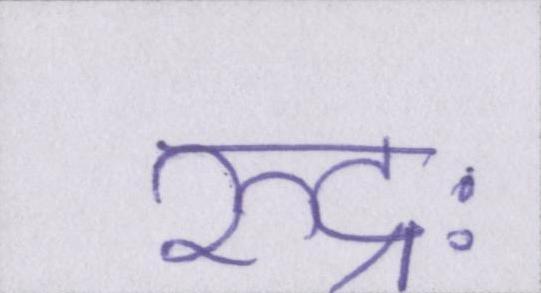
रुद्रः